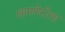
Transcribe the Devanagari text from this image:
श्रामणेरीला